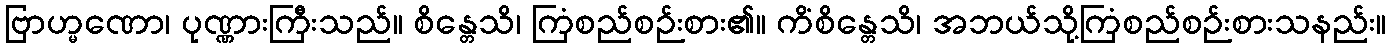
ဗြာဟ္မဏော၊ ပုဏ္ဏားကြီးသည်။ စိန္တေသိ၊ ကြံစည်စဉ်းစား၏။ ကိံစိန္တေသိ၊ အဘယ်သို့ကြံစည်စဉ်းစားသနည်း။